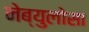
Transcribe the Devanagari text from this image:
नेब्युलोसा